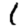
Digit: 1